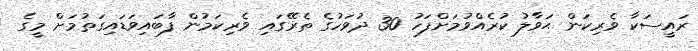
ރައީސަކާ ވެރިކަން ޙަވާލު ކުރެއްވުމަށްފަހު 30 ދުވަހުގެ ތެރޭގައި ވެރިކަމުން ފާބައިވަޑައިގަތުމަށް މީގެ